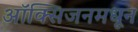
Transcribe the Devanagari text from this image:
ऑक्सिजनमधून